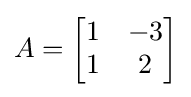
A={\begin{bmatrix}1&-3\\1&2\end{bmatrix}}